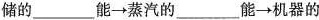
储的___能→蒸汽的___能→机器的